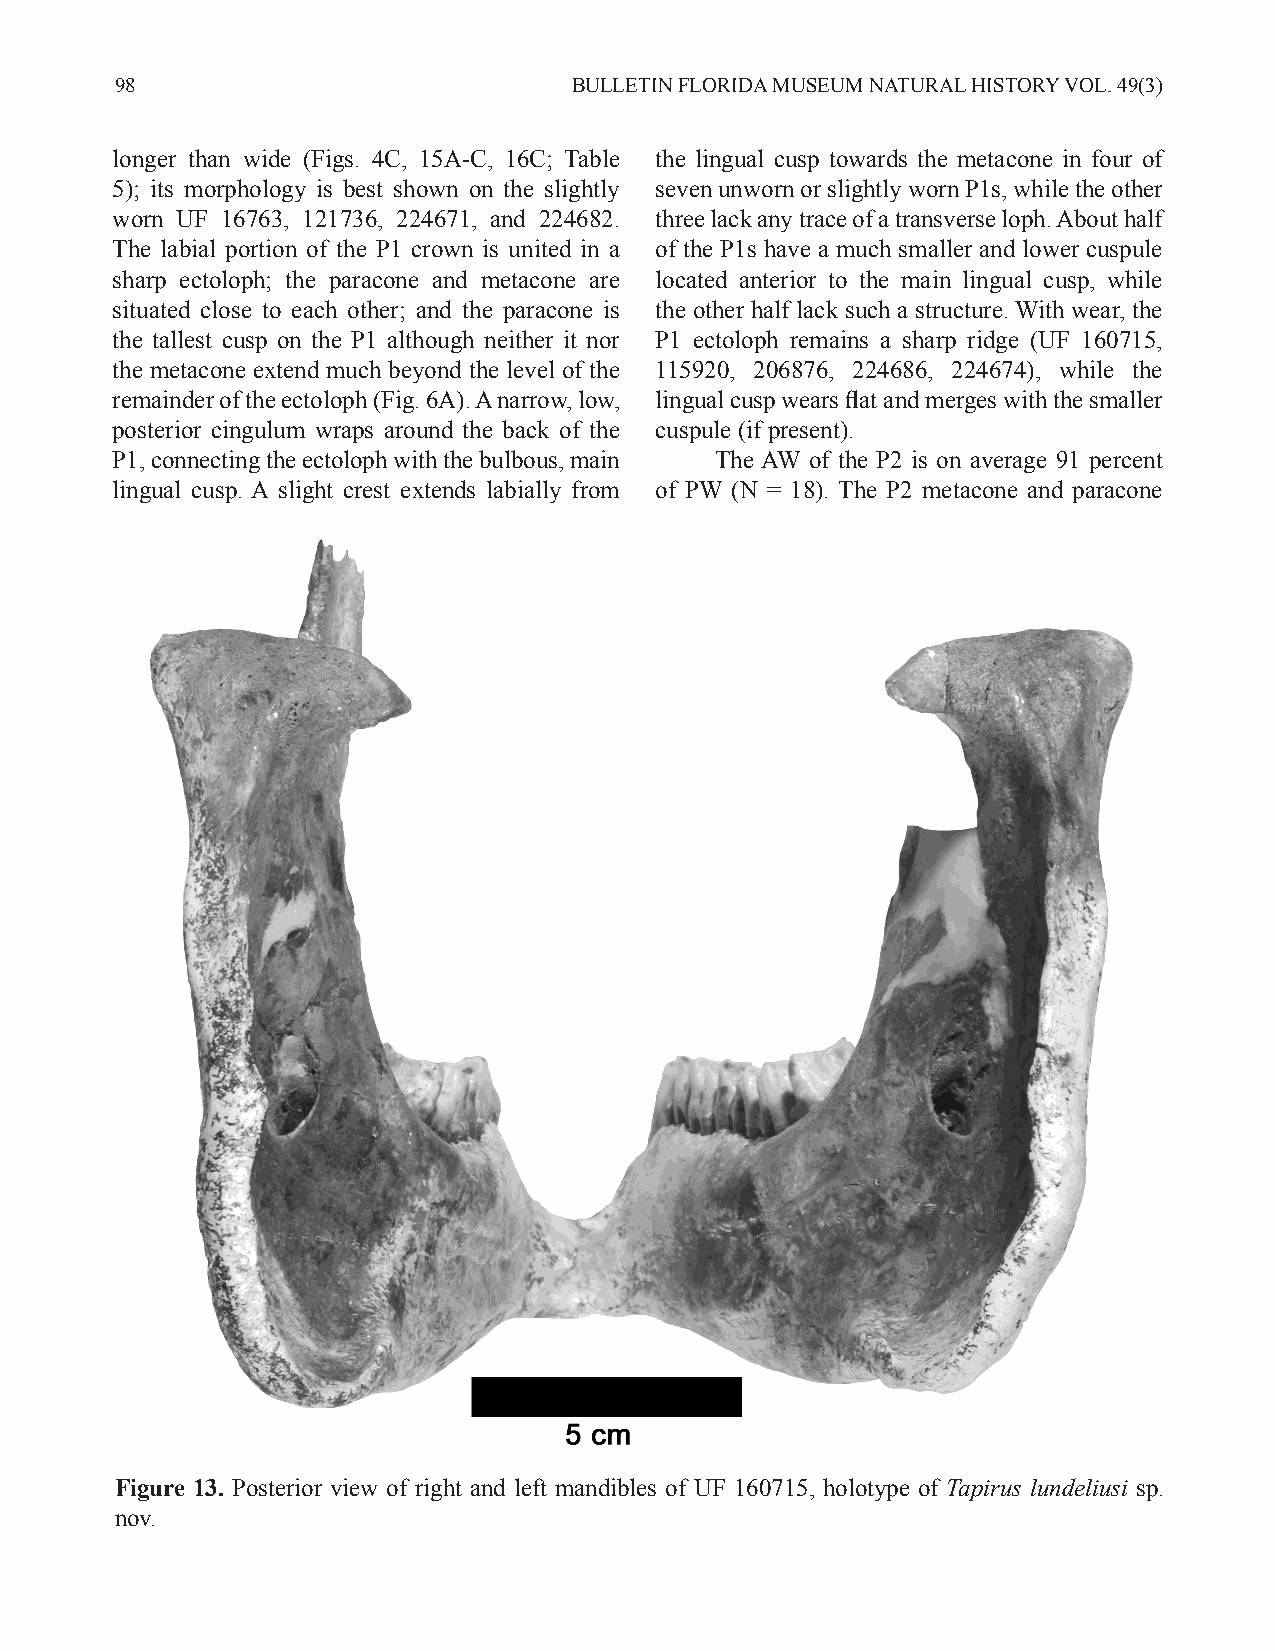
98                            BULLETIN FLORIDA MUSEUM NATURAL HISTORY VOL. 49(3)
 longer than wide (Figs. 4C, 15A-C, 16C; Table the lingual cusp towards the metacone in four of
 5); its morphology is best shown on the slightly seven unworn or slightly worn P1s, while the other
 worn UF 16763, 121736, 224671, and 224682. three lack any trace of a transverse loph. About half
 The labial portion of the P1 crown is united in a of the P1s have a much smaller and lower cuspule
 sharp ectoloph; the paracone and metacone are located anterior to the main lingual cusp, while
 situated close to each other; and the paracone is the other half lack such a structure. With wear, the
 the tallest cusp on the P1 although neither it nor P1 ectoloph remains a sharp ridge (UF 160715,
 the metacone extend much beyond the level of the 115920, 206876, 224686, 224674), while the
 remainder of the ectoloph (Fig. 6A). A narrow, low, lingual cusp wears flat and merges with the smaller
 posterior cingulum wraps around the back of the cuspule (if present).
 P1, connecting the ectoloph with the bulbous, main The AW of the P2 is on average 91 percent
 lingual cusp. A slight crest extends labially from of PW (N = 18). The P2 metacone and paracone
 Figure 13. Posterior view of right and left mandibles of UF 160715, holotype of Tapirus lundeliusi sp.
 nov.